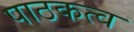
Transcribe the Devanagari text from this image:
पाठकत्व